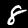
Digit: 8